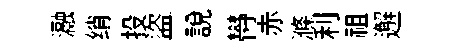
瀜绡投盜説欎赤滌利祖邂